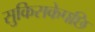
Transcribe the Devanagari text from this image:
सुकिसकेपछि